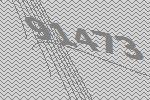
91473